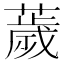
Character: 薉